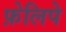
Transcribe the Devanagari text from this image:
फ़ेलिपे